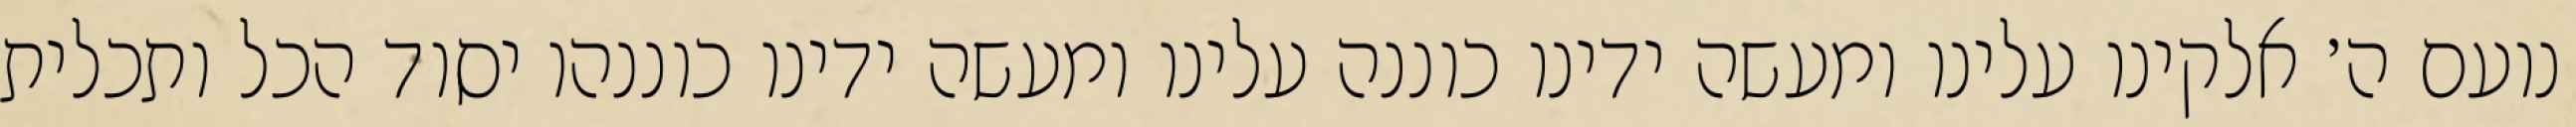
נועם ה׳ אלקינו עלינו ומעשה ידינו כוננה עלינו ומעשה ידינו כוננהו יסוד הכל ותכלית